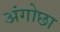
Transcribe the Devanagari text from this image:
अंगोछा